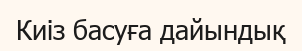
Киіз басуға дайындық